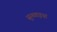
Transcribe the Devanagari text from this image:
सुनवाइयां